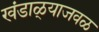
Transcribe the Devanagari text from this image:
खंडाळ्याजवळ